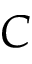
C